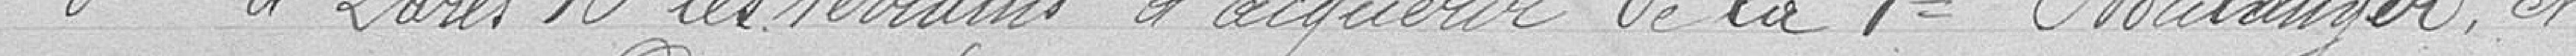
3° à 2 ares 16 les terrains à acquérir de la Veuve BOULANGER et